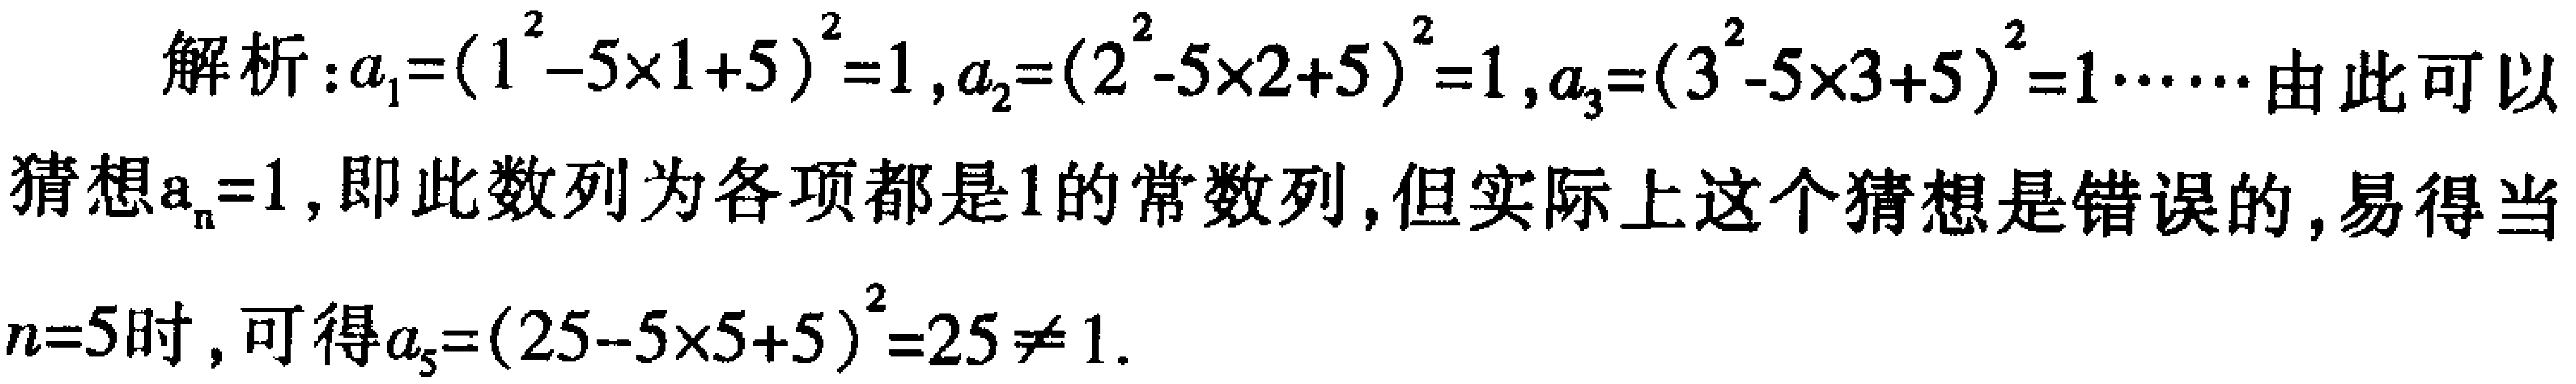
解析：\(a_{1}=(1^{2}-5\times1 + 5)^{2}=1\)，\(a_{2}=(2^{2}-5\times2 + 5)^{2}=1\)，\(a_{3}=(3^{2}-5\times3 + 5)^{2}=1\cdots\cdots\)由此可以猜想\(a_{n}=1\)，即此数列为各项都是\(1\)的常数列，但实际上这个猜想是错误的，易得当\(n = 5\)时，可得\(a_{5}=(25-5\times5 + 5)^{2}=25\neq1\)。